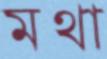
মথা